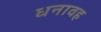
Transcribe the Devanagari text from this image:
धनावह